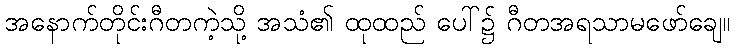
အနောက်တိုင်းဂီတကဲ့သို့ အသံ၏ ထုထည် ပေါ်၌ ဂီတအရသာမဖော်ချေ။